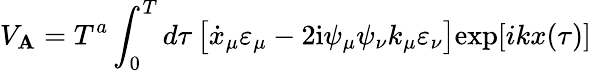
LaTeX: V_{\mathbf{A}}=T^{a}\int_{0}^{T}d\tau\, \bigl[\dot{{x}}_{\mu}\varepsilon_{\mu}-2\mathrm{{i}}\psi_{\mu}\psi_{\nu}k_{\mu}\varepsilon_{\nu}\bigr]\mathrm{{exp}}[ikx({\tau})]